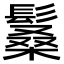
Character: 𩮧